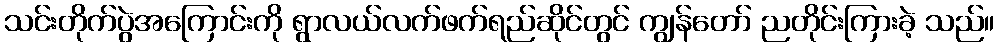
သင်းတိုက်ပွဲအကြောင်းကို ရွာလယ်လက်ဖက်ရည်ဆိုင်တွင် ကျွန်တော် ညတိုင်းကြားခဲ့ သည်။